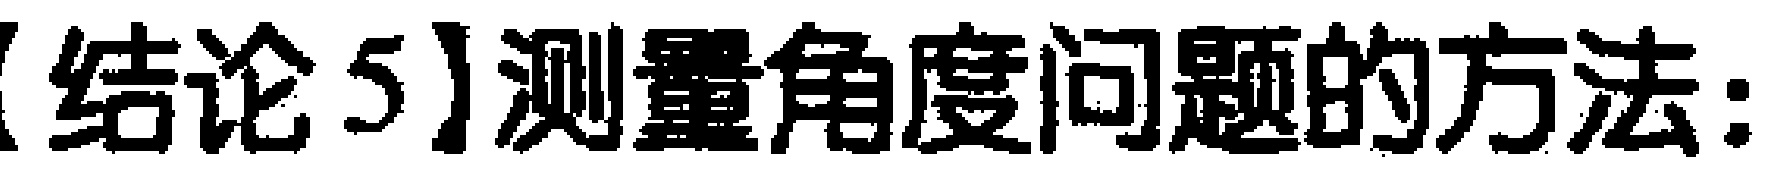
【结论5】测量角度问题的方法：